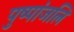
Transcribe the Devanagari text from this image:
पुष्पांजलिं